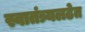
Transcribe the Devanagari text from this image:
स्वातंत्र्यलढेत